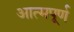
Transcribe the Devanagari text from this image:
आत्मपूर्ण